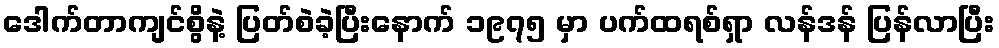
ဒေါက်တာကျင်စွိနဲ့ ပြတ်စဲခဲ့ပြီးနောက် ၁၉၇၅ မှာ ပက်ထရစ်ရှာ လန်ဒန် ပြန်လာပြီး